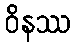
ဝိနဿ